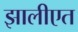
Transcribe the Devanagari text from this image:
झालीएत